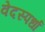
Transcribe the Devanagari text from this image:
वेदस्पर्धा